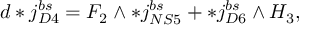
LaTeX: d * j _ { D 4 } ^ { b s } = F _ { 2 } \wedge * j _ { N S 5 } ^ { b s } + * j _ { D 6 } ^ { b s } \wedge H _ { 3 } ,